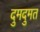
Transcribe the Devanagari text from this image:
दुमदुमत